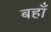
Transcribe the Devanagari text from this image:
बहाँ